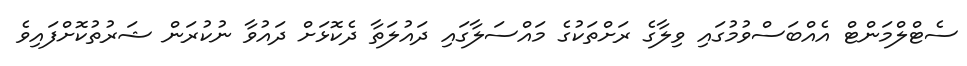
ސެޓްލްމަންޓް އެއްބަސްވުމުގައި ވިލާގެ ރަށްތަކުގެ މައްސަލާގައި ދައުލަތާ ދެކޮޅަށް ދައުވާ ނުކުރަން ޝަރުތުކޮށްފައިވެ